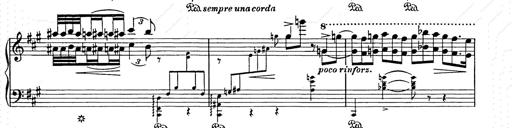
Title: Berceuse
Composer: Lucien Wurmser
Key: A major